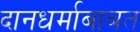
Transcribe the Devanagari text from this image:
दानधर्माबाबत